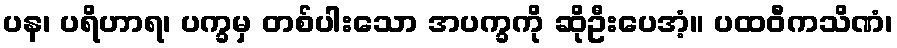
ပန၊ ပရိဟာရ၊ ပက္ခမှ တစ်ပါးသော အပက္ခကို ဆိုဦးပေအံ့။ ပထဝီကသိဏံ၊